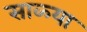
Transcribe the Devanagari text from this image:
साळ्या